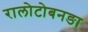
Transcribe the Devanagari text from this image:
रालोटोबनङा